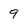
Character: 9